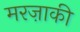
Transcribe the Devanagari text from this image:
मरज़ाकी